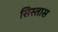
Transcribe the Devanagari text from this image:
सिस्तास